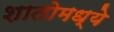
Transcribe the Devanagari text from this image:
शातोमध्ये